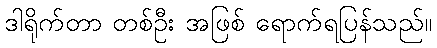
ဒါရိုက်တာ တစ်ဦး အဖြစ် ရောက်ရပြန်သည်။